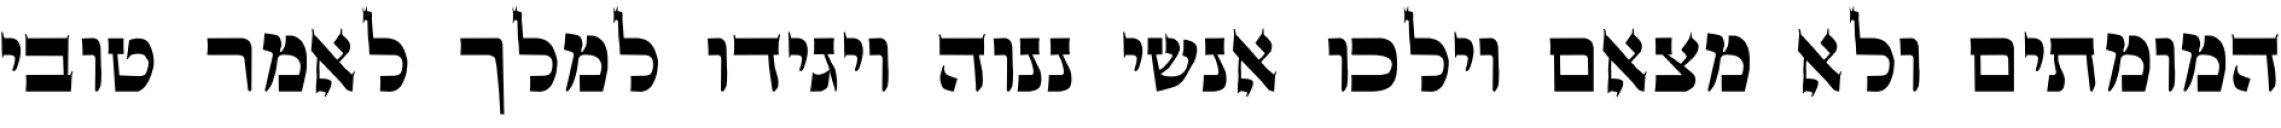
המומתים ולא מצאם וילכו אנשי ננוה ויגידו למלך לאמר טובי